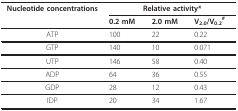
<table><thead><tr><td><b>Nucleotide concentrations</b></td><td colspan="3"><b>Relative activity*</b></td></tr><tr><td></td><td><b>0.2 mM</b></td><td><b>2.0 mM</b></td><td><b>V<sub>2.0</sub>/V<sub>0.2</sub><sup>#</sup></b></td></tr></thead><tbody><tr><td>ATP</td><td>100</td><td>22</td><td>0.22</td></tr><tr><td>GTP</td><td>140</td><td>10</td><td>0.071</td></tr><tr><td>UTP</td><td>146</td><td>58</td><td>0.40</td></tr><tr><td>ADP</td><td>64</td><td>36</td><td>0.55</td></tr><tr><td>GDP</td><td>28</td><td>12</td><td>0.43</td></tr><tr><td>IDP</td><td>20</td><td>34</td><td>1.67</td></tr></tbody></table>